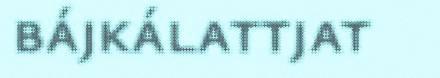
bájkálattjat